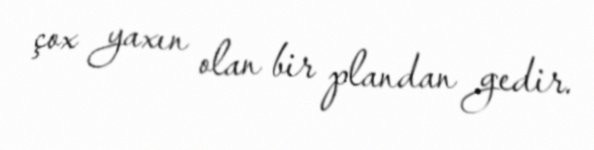
çox yaxın olan bir plandan gedir.